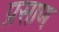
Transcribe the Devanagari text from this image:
प्रसाण